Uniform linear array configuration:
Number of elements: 48
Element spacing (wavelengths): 0.75
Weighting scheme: exponential
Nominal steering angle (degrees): -30
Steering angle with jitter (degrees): -30.743
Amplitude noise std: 0.05
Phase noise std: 0.05

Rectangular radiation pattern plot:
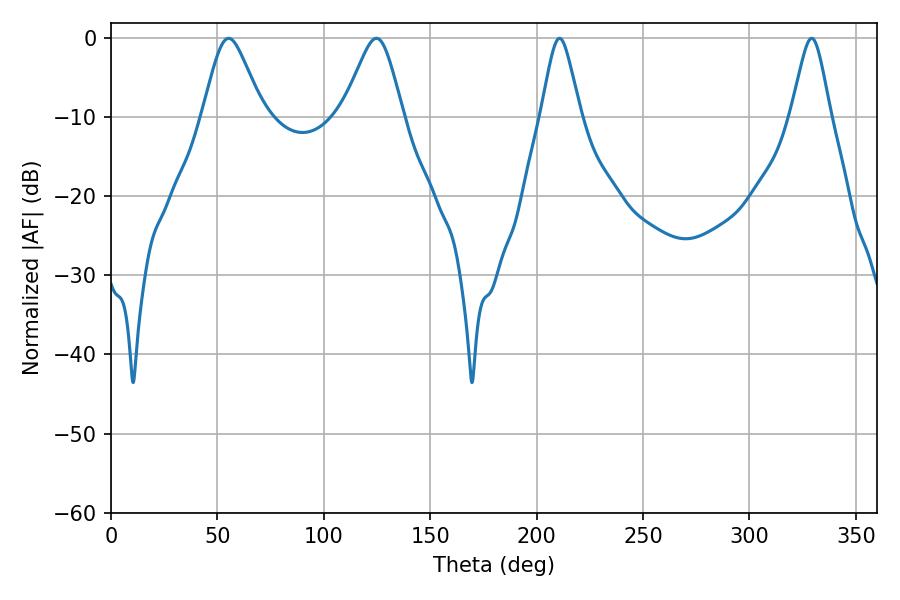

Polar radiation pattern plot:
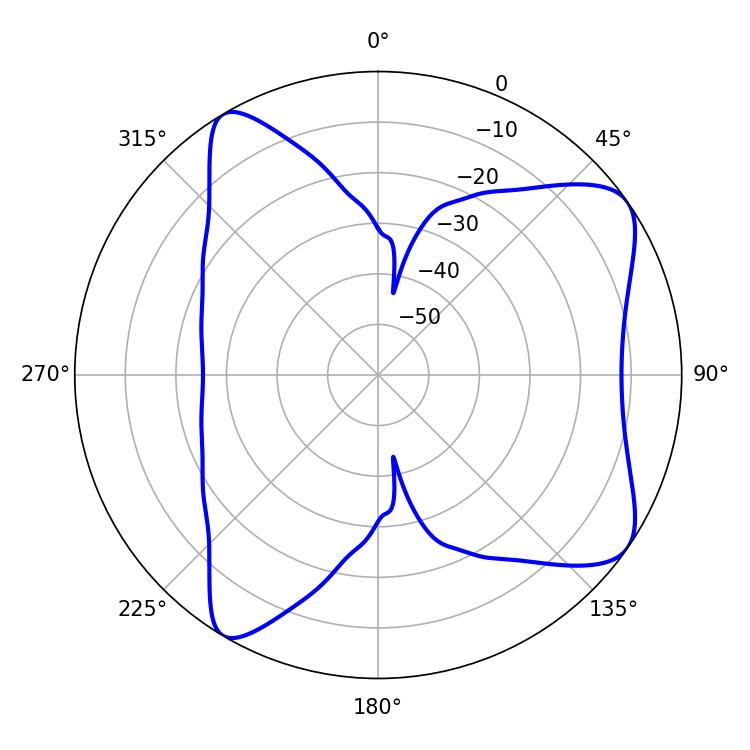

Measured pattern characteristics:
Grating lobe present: TRUE
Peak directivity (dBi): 8.134
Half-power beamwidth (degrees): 13.68
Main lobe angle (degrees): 55.26